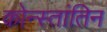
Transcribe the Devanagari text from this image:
कोन्स्तांतिन